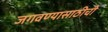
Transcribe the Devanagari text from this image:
जगवण्यासाठीची